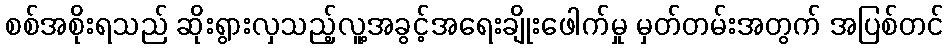
စစ်အစိုးရသည် ဆိုးရွားလှသည့်လူ့အခွင့်အရေးချိုးဖေါက်မှု မှတ်တမ်းအတွက် အပြစ်တင်